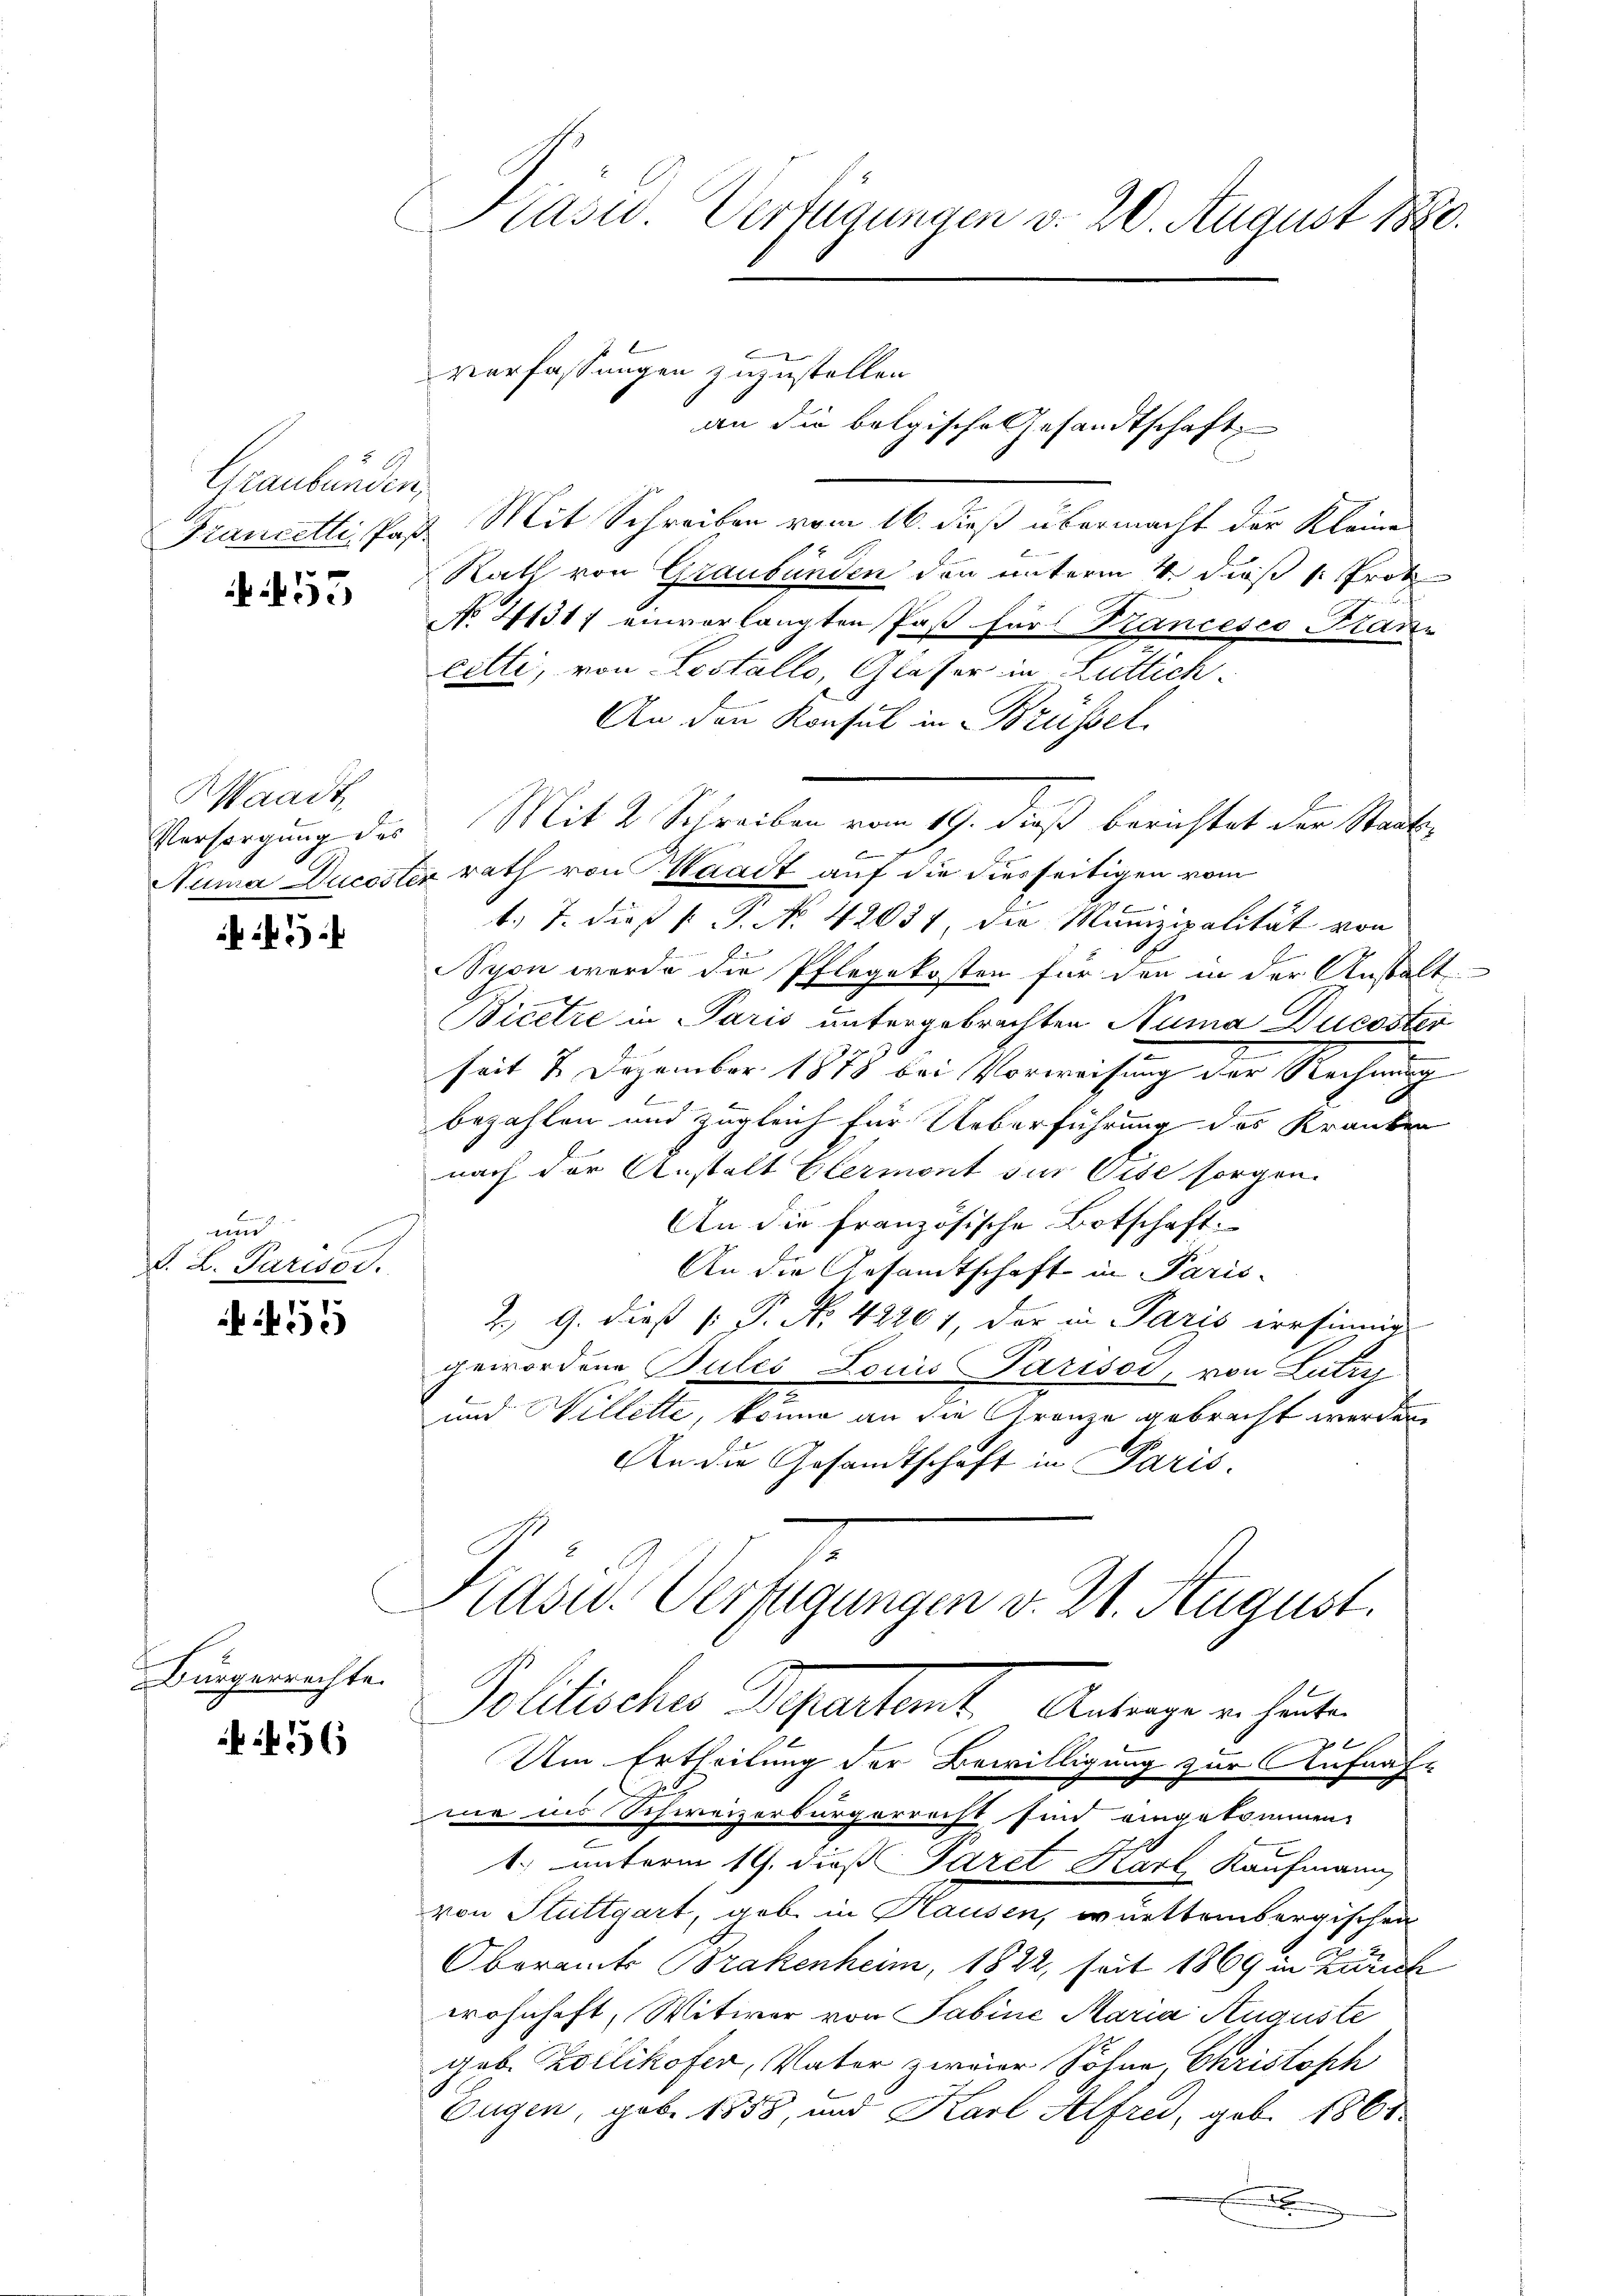
Graubünden,
Francelli, Paß¬

53

KWaadt
Versorgung des

xx

und
d. L. Parisos.

55

Bürgerrechte.

456

Casio Verfügungen v. 20. August 1880.
verfassungen zuzustellen.

d

Mit Schreiben vom 16. dieß übermacht der Kleine
Rath von Graubünden den unterm 4. dieß (: Prot
No. 2131 einvorlangten Paß für Krancesco Franz
cetli, von Lostallo, Glasser in Luttich
An den Konsul in Brüssel
Mit 2 Schreiben vom 19. dieß berichtet der Staube
Nima Ducostizrath von Waadt auf die diesseitigen vom
b. T. dieß P. No. 42031, die Munizipalität von
Schon werde die Pflegekosten für den in der Anstalt
Bicere in Paris untergebrachten Numa Ducoster
seit 2 Dezember 1878 bei Vorweisung der Rechnung
A
—
bezahlen und zugleich für Ueberführung des Kranken
nach der Anstalt Glermont sur Eise sorgen.
An die französische Botschaft.
An die Gesandtschaft in Paris-
Z. G. dieß P. No. 42261, der in Paris irrsinne
gewordene Pules Louis Parisoi, von Lutry
und Willette, könne an die Gränze gebracht werden.
An die Gesandtschaft in Paris.
Präsid. Verfügungen v. 21. August.
Pollischer Separtient. Antrage in heute
Um Ertheilung der Bewilligung zur Aufnah-
mir ins Schweizerbürgerrecht sind eingekommen,
-
1. unterm 19. dieß Paret Karl Kaufmann
von Stuttgart, gebe in Hausen, württembergischen
Oberamts Brakenheim, 1822, seit 1869 in Zürich
wohnhaft, Witwer von Sabine Maria Auguste
geb. Kollikofer, Vater zweier Söhne, Christoph
Eugen, geb. 1858, und Karl Alfred, geb. 1868.
.

an die belgische Gesandtschaft